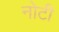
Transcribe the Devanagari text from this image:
नोटी